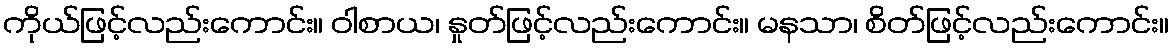
ကိုယ်ဖြင့်လည်းကောင်း။ ဝါစာယ၊ နှုတ်ဖြင့်လည်းကောင်း။ မနသာ၊ စိတ်ဖြင့်လည်းကောင်း။